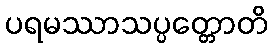
ပရမဿာသပ္ပတ္တောတိ